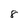
Character: 8